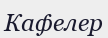
Кафелер